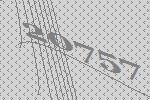
20757